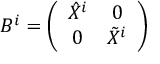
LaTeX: B ^ { i } = \left( \begin{array} { c c } { { \hat { X } ^ { i } } } & { { 0 } } \\ { { 0 } } & { { \tilde { X } ^ { i } } } \end{array} \right)